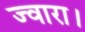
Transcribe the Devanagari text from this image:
ज्वारा।